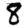
Digit: 8